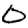
Digit: 0